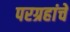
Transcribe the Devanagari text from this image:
परग्रहांचे